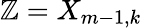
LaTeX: \mathbb{Z}=X_{m-1,k}